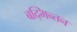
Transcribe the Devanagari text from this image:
बद्मिन्तन